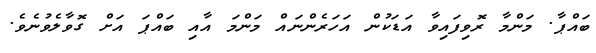
ބައްޕާ. މަންމާ ރޮވިފައިވާ އަޑަކުން އަހަރެންނައް މަންމަ އާއި ބައްޕަ އަށް ގޮވާލެވުނެވެ.